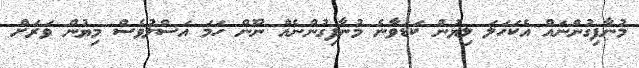
މުނާފިގުންނައް އެކަހަލަ ލިޔުން ކަޑަވާނެ މުނާފިގުންނެއް ނޫން ހަމަ އަސްލުވެސް މިޔުން ވަރަށް